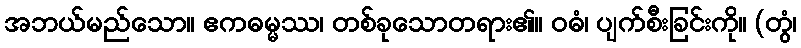
အဘယ်မည်သော။ ဧကဓမ္မဿ၊ တစ်ခုသောတရား၏။ ဝဓံ၊ ပျက်စီးခြင်းကို။ (တွံ၊